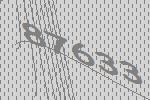
87633